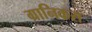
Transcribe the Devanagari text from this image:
ग्रानिकस